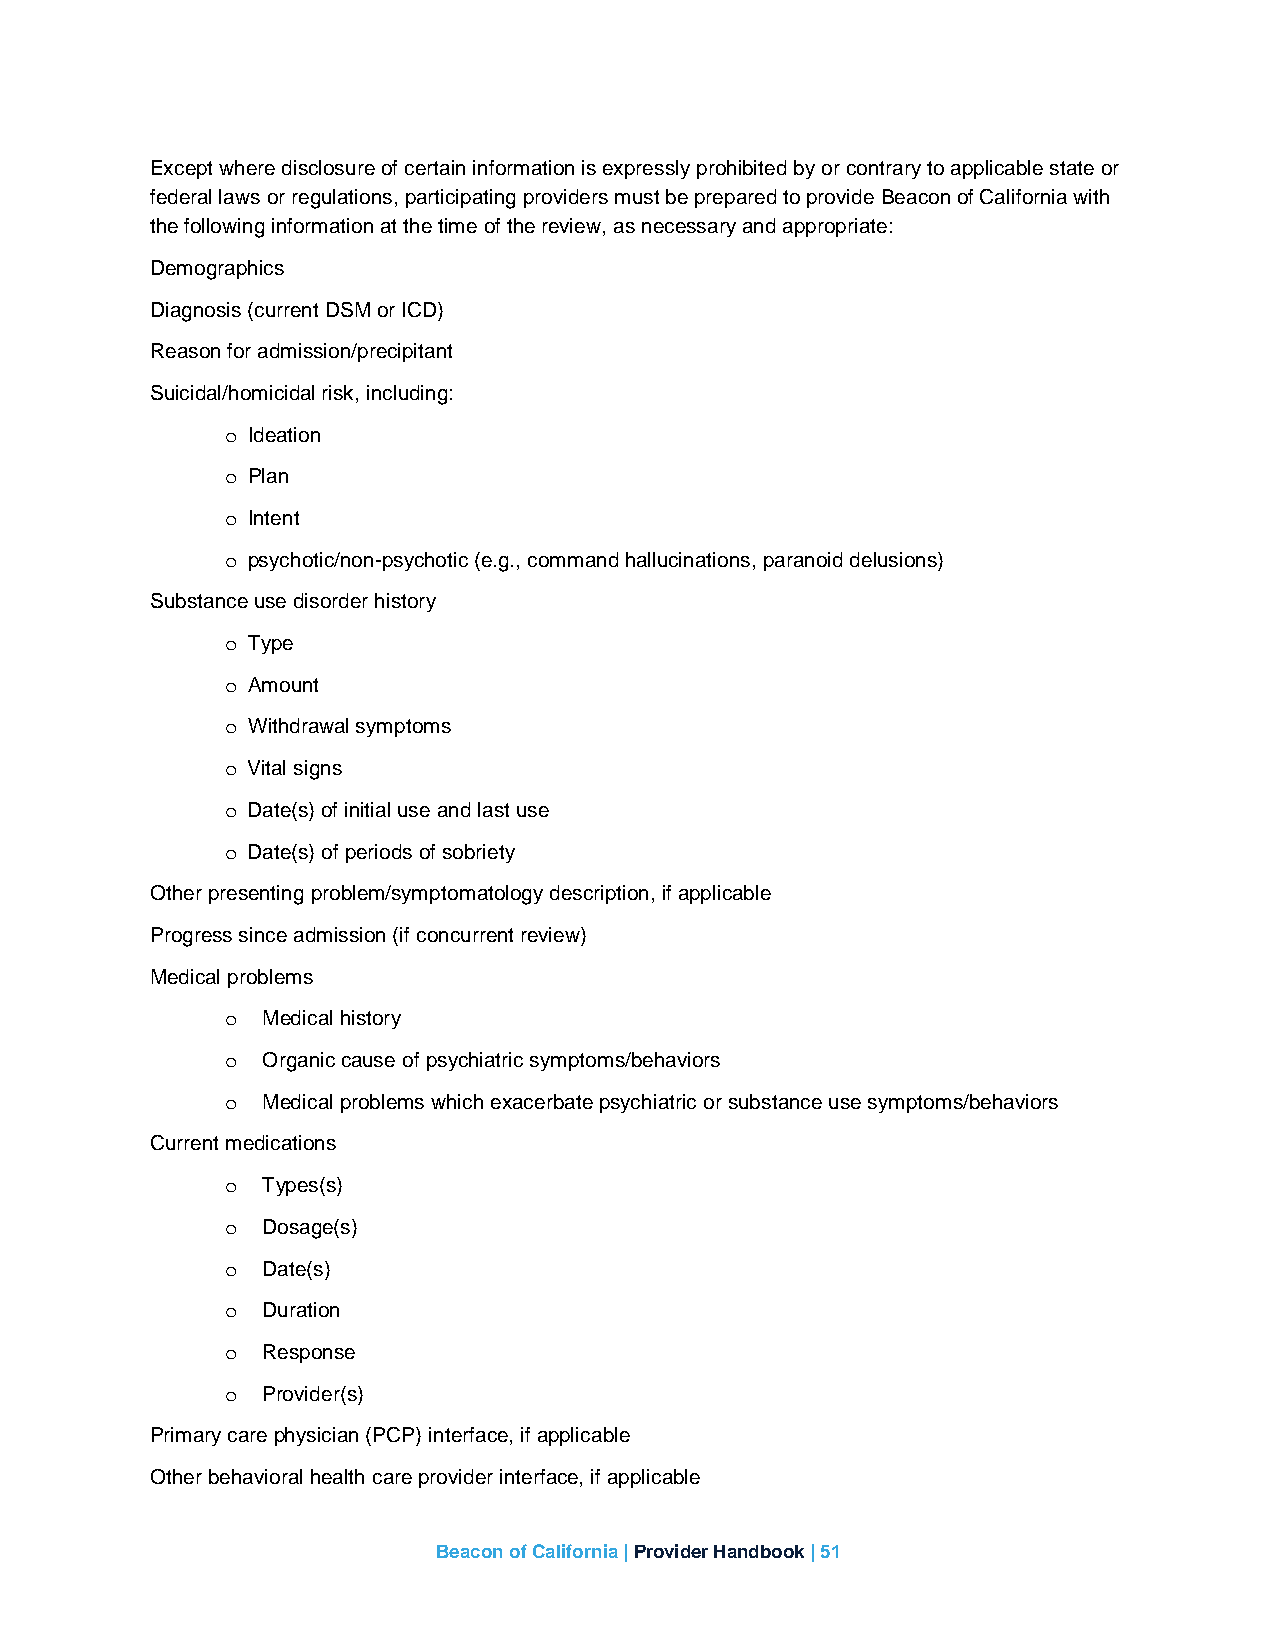
Except where disclosure of certain information is expressly prohibited by or contrary to applicable state or
 federal laws or regulations, participating providers must be prepared to provide Beacon of California with
 the following information at the time of the review, as necessary and appropriate:
 Demographics
 Diagnosis (current DSM or ICD)
 Reason for admission/precipitant
 Suicidal/homicidal risk, including:
 Ideation
 o
 Plan
 o
 Intent
 o
 psychotic/non-psychotic (e.g., command hallucinations, paranoid delusions)
 o
 Substance use disorder history
 Type
 o
 Amount
 o
 Withdrawal symptoms
 o
 Vital signs
 o
 Date(s) of initial use and last use
 o
 Date(s) of periods of sobriety
 o
 Other presenting problem/symptomatology description, if applicable
 Progress since admission (if concurrent review)
 Medical problems
 Medical history
 o
 Organic cause of psychiatric symptoms/behaviors
 o
 Medical problems which exacerbate psychiatric or substance use symptoms/behaviors
 o
 Current medications
 Types(s)
 o
 Dosage(s)
 o
 Date(s)
 o
 Duration
 o
 Response
 o
 Provider(s)
 o
 Primary care physician (PCP) interface, if applicable
 Other behavioral health care provider interface, if applicable
 Beacon of California | Provider Handbook | 51